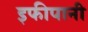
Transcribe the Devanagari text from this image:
इफीपानी